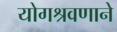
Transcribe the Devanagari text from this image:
योगश्रवणाने